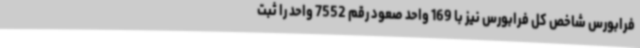
فرابورس شاخص کل فرابورس نیز با 169 واحد صعود رقم 7552 واحد را ثبت